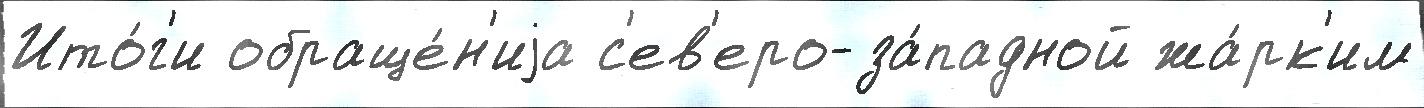
Ито́г'и обраще́н'иjа с'ев'еро-за́падной жа́рк'им